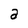
Character: a